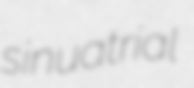
sinuatrial